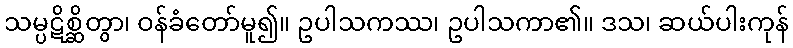
သမ္ပဋိစ္ဆိတွာ၊ ဝန်ခံတော်မူ၍။ ဥပါသကဿ၊ ဥပါသကာ၏။ ဒသ၊ ဆယ်ပါးကုန်